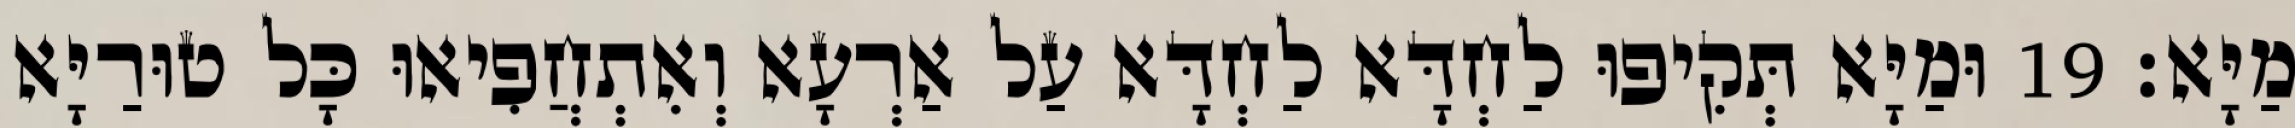
מַיָּא׃ 19 וּמַיָּא תְּקִיפוּ לַחְדָּא לַחְדָּא עַל אַרְעָא וְאִתְחֲפִיאוּ כָּל טוּרַיָּא